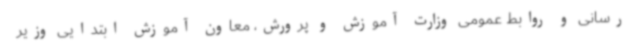
‌رسانی و روابط عمومی وزارت آموزش ‌و پرورش، معاون آموزش ابتدایی وزیر